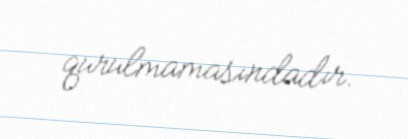
qurulmamasındadır.